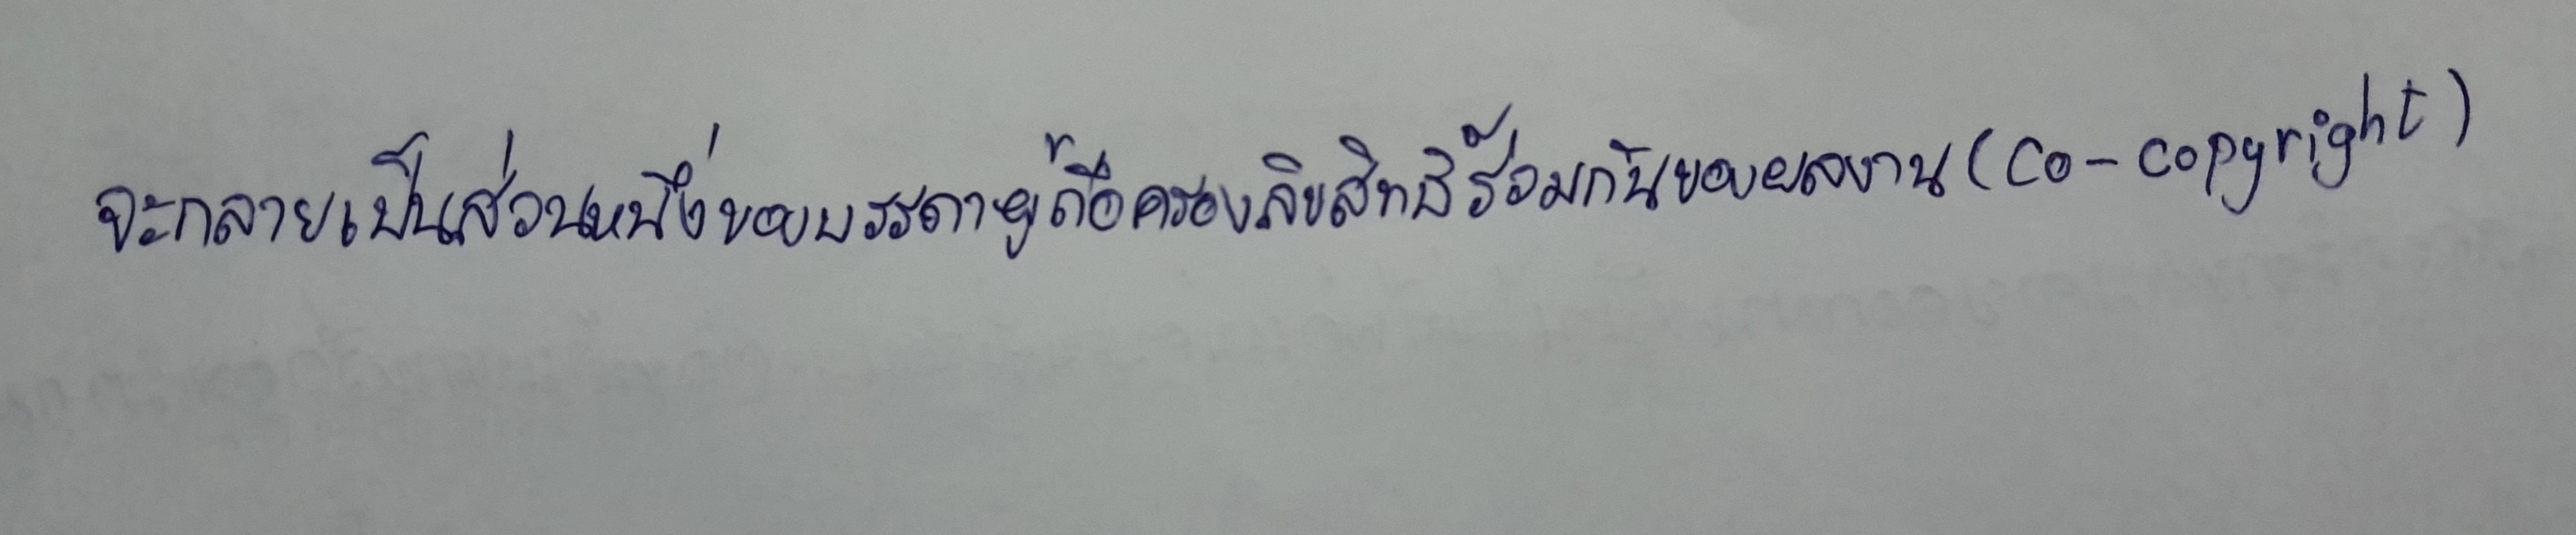
จะกลายเป็นส่วนหนึ่งของบรรดาผู้ถือครองลิขสิทธิ์ร่วมกันของผลงาน(co-copyright